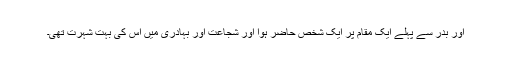
اور بدر سے پہلے ایک مقام پر ایک شخص حاضر ہوا اور شجاعت اور بہادری میں اس کی بہت شہرت تھی۔